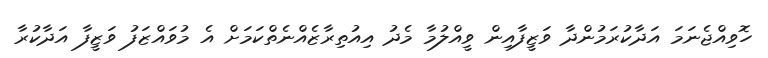
ހޮވިއްޖެނަމަ އަދާކުރަމުންދާ ވަޒީފާއިން ވީއްލުމާ މެދު އިއުތިރާޒެއްނެތްކަމަށް އެ މުވައްޒަފު ވަޒީފާ އަދާކުރާ